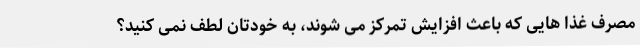
مصرف غذا هایی که باعث افزایش تمرکز می شوند، به خودتان لطف نمی کنید؟